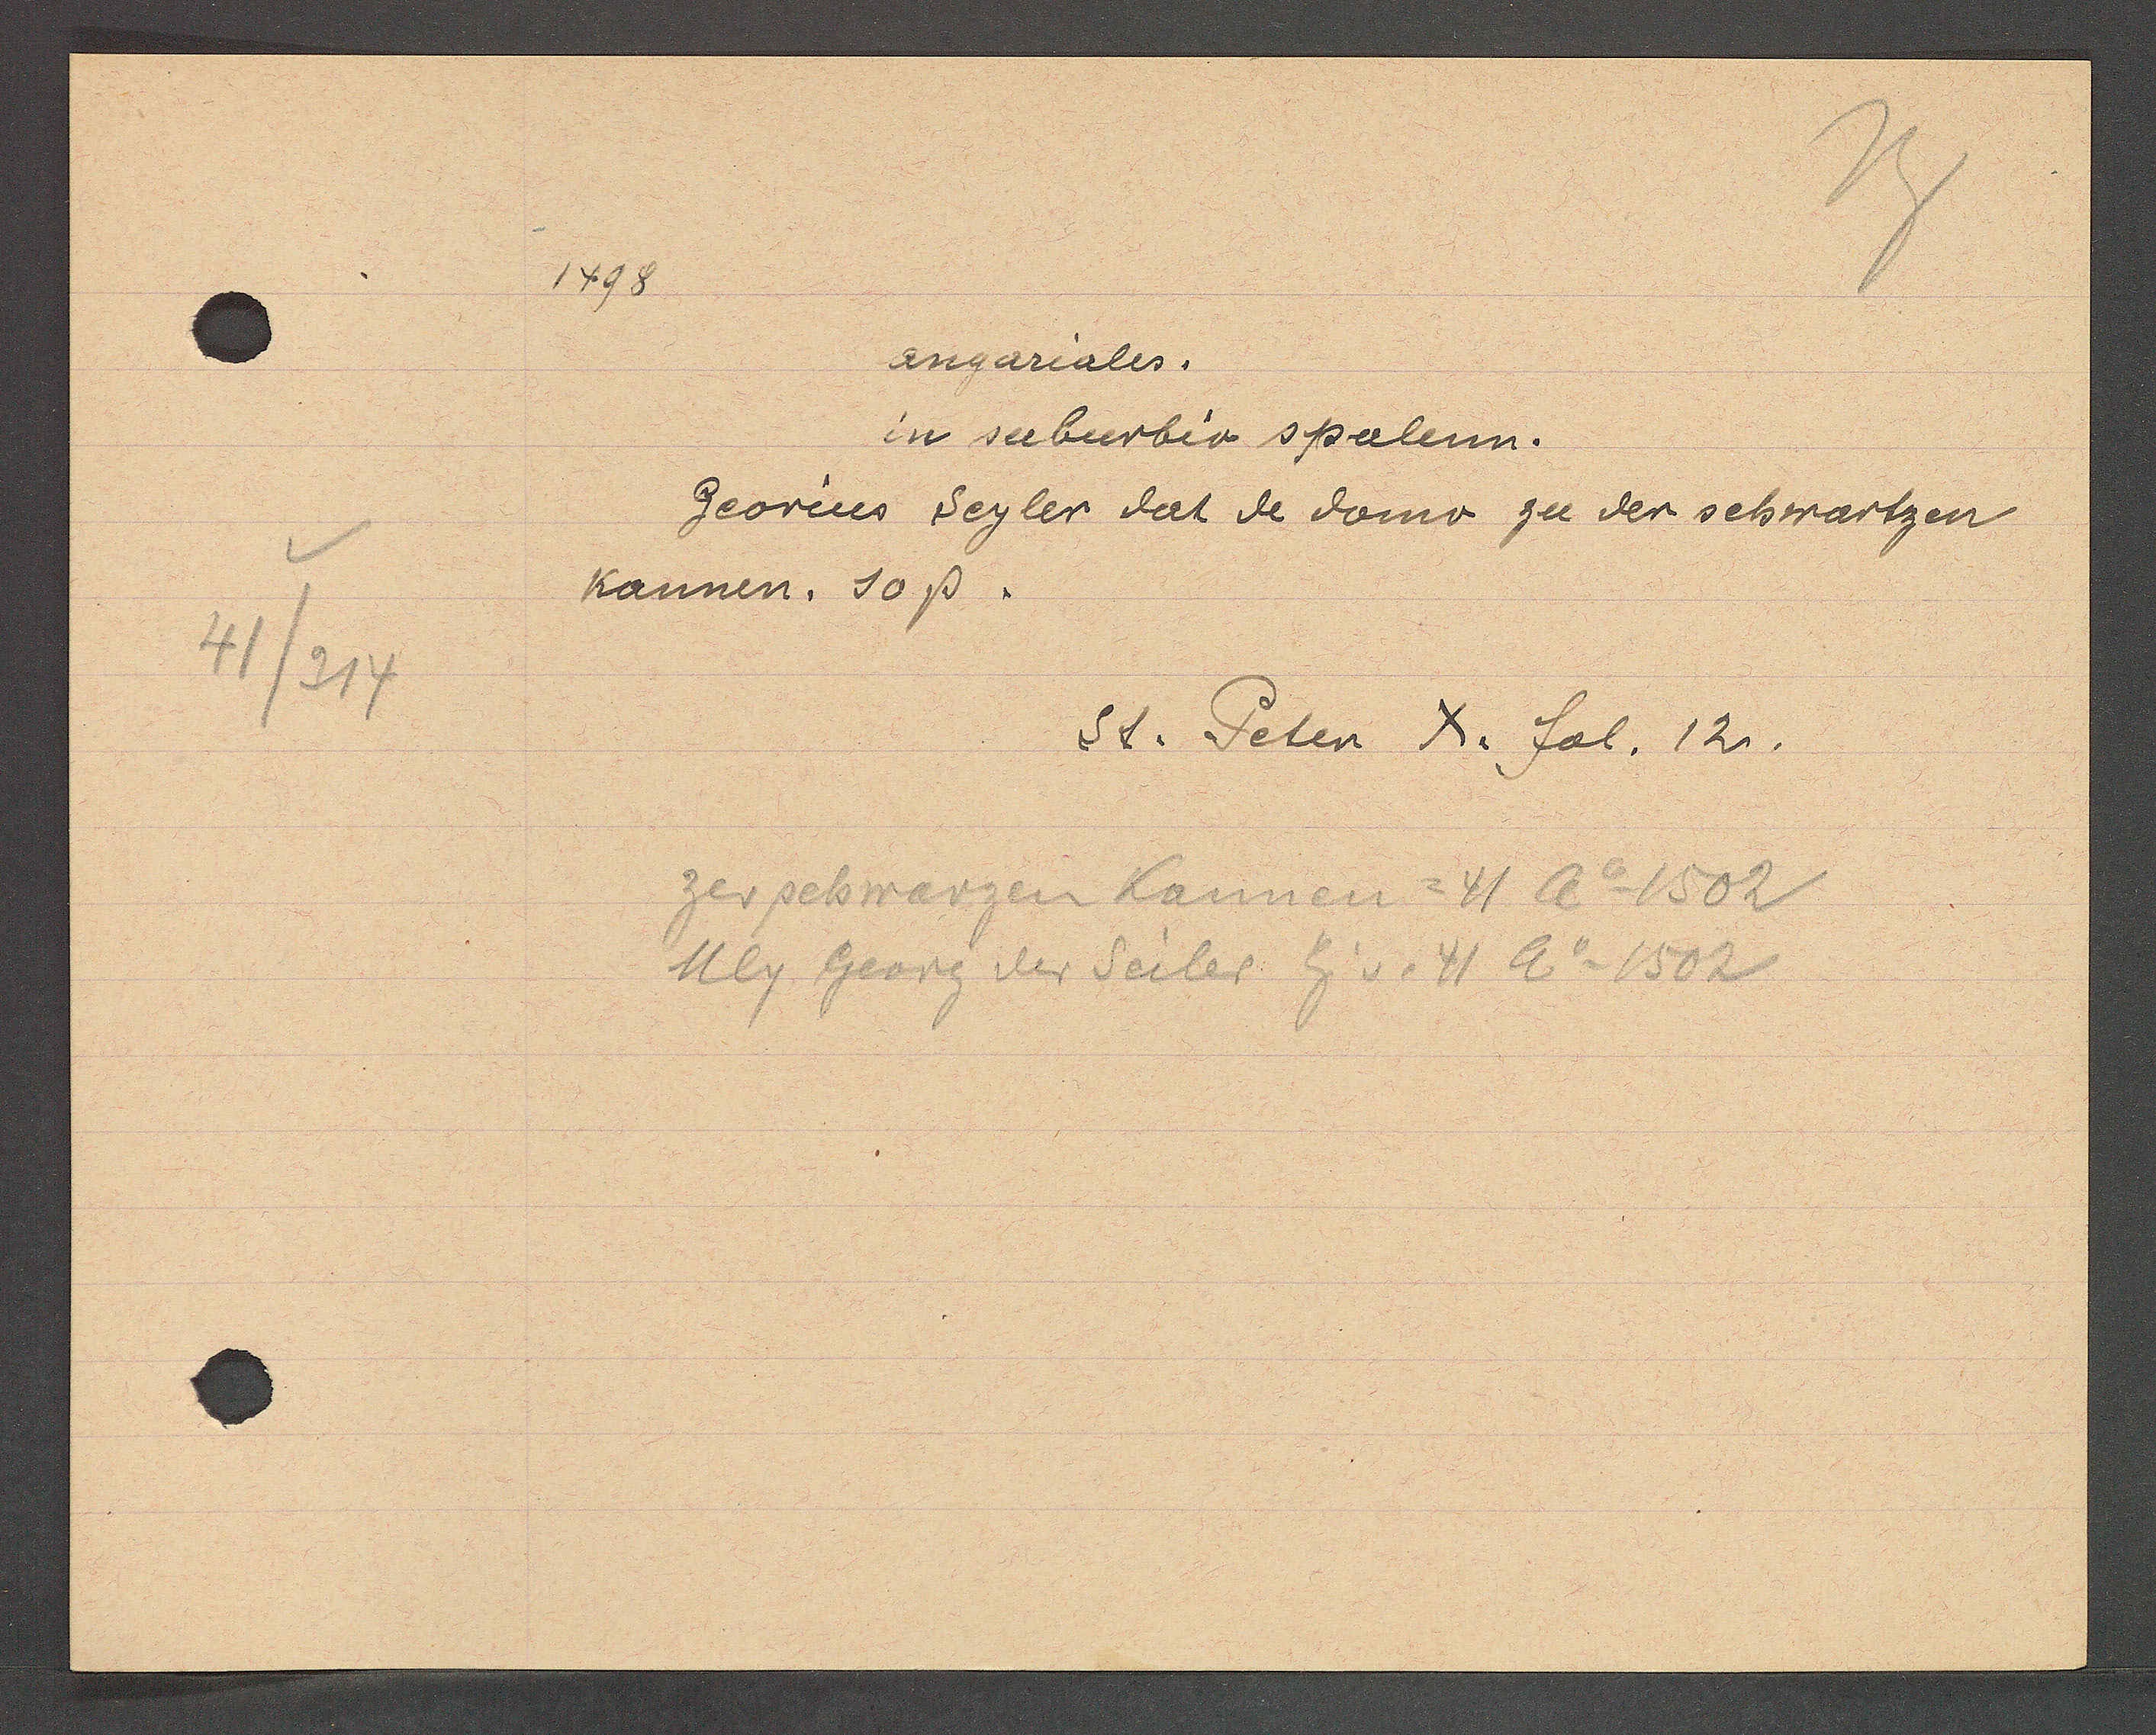
Transcript:
41/314

1498

angariales.
in suburbio spalenn.
Georius Seyler dat de domo zu der schwartzen
Kannen. 10 ß.

St. Peter X. fol. 12.

zer schwarzen Kannen = 41 Ao 1502
Uly Georg der Seiler Eg v. 41 Ao 1502